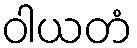
ဝါယတံ